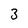
Character: 3